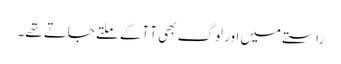
راستے میں اور لوگ بھی آ آکے ملتے جاتے تھے۔